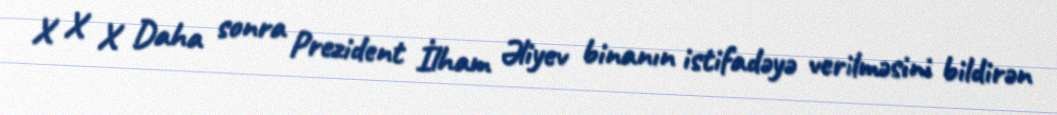
X X X Daha sonra Prezident İlham Əliyev binanın istifadəyə verilməsini bildirən